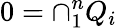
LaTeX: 0=\cap_{1}^{n}Q_{i}